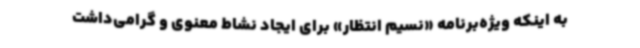
به اینکه ویژه‌برنامه «نسیم انتظار» برای ایجاد نشاط معنوی و گرامی‌داشت